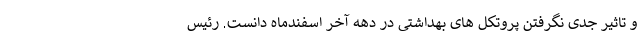
و تاثیر جدی نگرفتن پروتکل های بهداشتی در دهه آخر اسفندماه دانست. رئیس